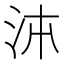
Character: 𭰉